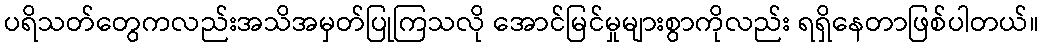
ပရိသတ်တွေကလည်းအသိအမှတ်ပြုကြသလို အောင်မြင်မှုများစွာကိုလည်း ရရှိနေတာဖြစ်ပါတယ်။